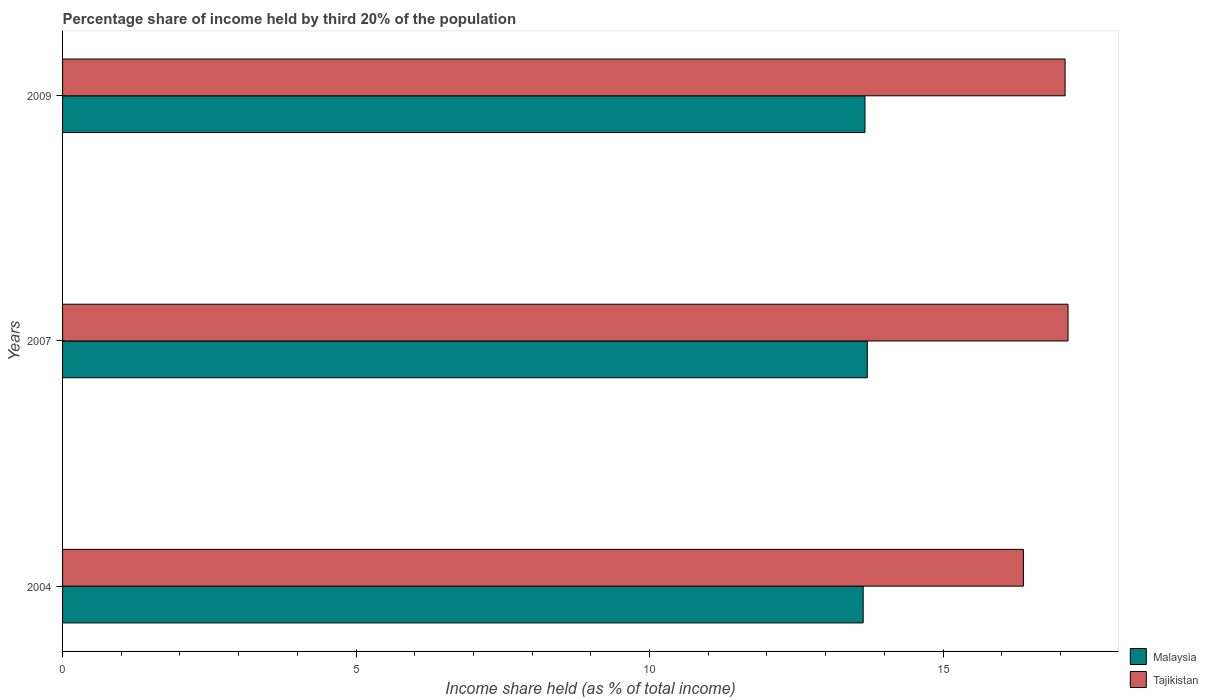
| Years | Malaysia | Tajikistan |
 | --- | --- | --- |
 | 2004 | 13.6 | 16.4 |
 | 2007 | 13.7 | 17.1 |
 | 2009 | 13.7 | 17.1 |